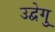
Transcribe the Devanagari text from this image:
उद्वेगु